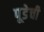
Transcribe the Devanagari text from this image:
पूडेची